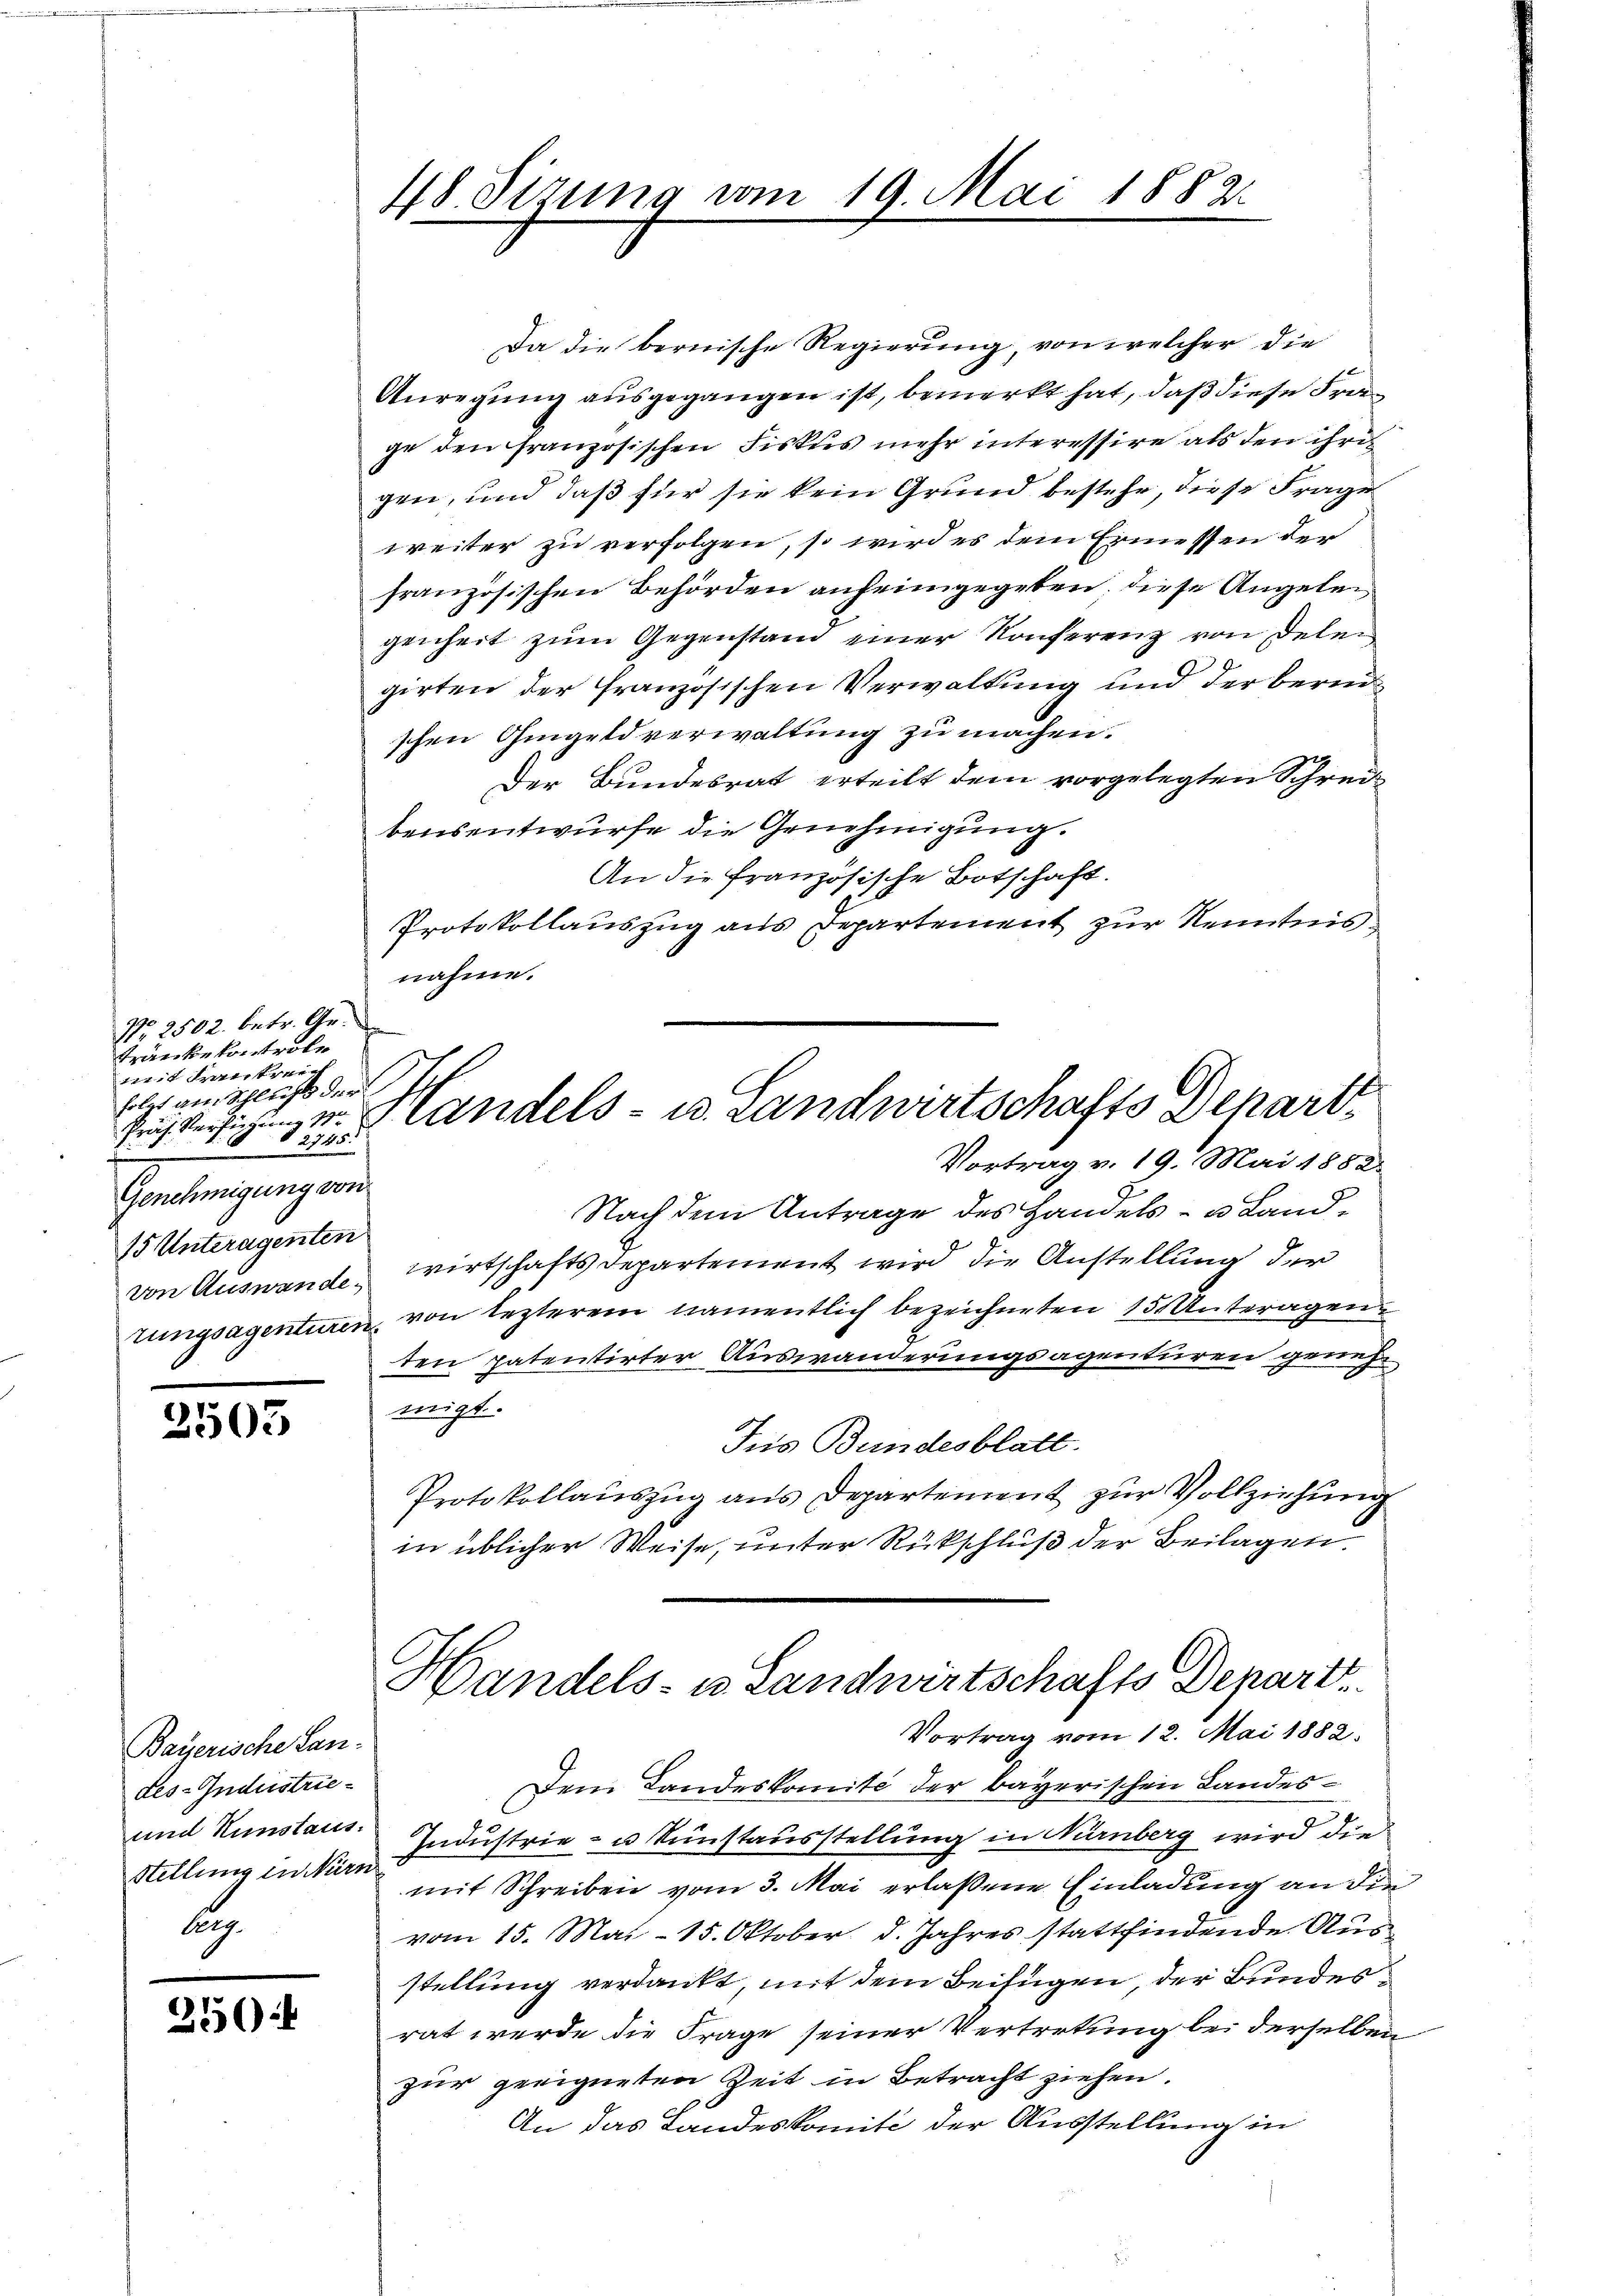
No 2502. betr. Gr.
tränke kontrole
it der treich
folgt am Schluß der
§ 2745:
Genehmigung von
15 Unteragenten
von Auswande

3503

Bayerische Landes-Industrie¬
und Kunstaus.
Stellung in Nürn
b

250

48. Sirung vom 19. Mai

1882.

Da die bernische Regierung, von welcher die
Anregŭng aŭsgegangen ist, bemerkt hat, daß diese Fra
ge den französischen Fiskus mehr interessire als den ihre
gen, und daß für sie kein Grund bestehe, diese Frage
weiter zu verfolgen, so wird es dem Ermessen der
französischen Behörden anheimgegeben; diese Angeleigenheit zŭm Gegenstand einer Konferenz von Delen
girten der französischen Verwaltung und der bereischen Ohmgeld verwaltung zu machen.
Der Bundesrat erteilt dem vorgelegten Schreibensentwurfe die Genehmigung.
An die französische Botschaft.
Protokollauszug aus Departement zur Kenntnisnahme.
Vortrag v. 19. Mai 1882.
Nach dem Antrage des Handels- u Landwirtschafts Departement wird die Anstellung der
tungsagenturen, von lezterem namentlich bezeichneten 15. Antragen
ten patentirter Auswanderungsagenturen genehmigt.
Jus Bundesblatt.
Protokollauszug aus Departement zur Vollziehung
in üblicher Weise, unter Rückschluß der Beilagen.
Handels- u Landwirtschafts Depart
Vortrag vom 12. Mai 1882.
Dem Landeskomité der bayerischen Landes¬
7
Industrie- u. Kunstausstellung in Nürnberg wird die
mit Schreiben vom 3. Mai erlaßene Einladung an die
vom 15. Mai- 15. Oktober d. Jahres stattfindende Ausstellung verdankt, mit dem Beifügen, der Bundesrat werde die Frage seiner Vertretung bei derselben
zur geeigneten Zeit in Betracht ziehen.
An das Landeskomité der Ausstellung in

fierige v. Handels- u. Landwirtschafts Depart